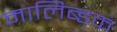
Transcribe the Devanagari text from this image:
मालिब्डक